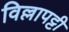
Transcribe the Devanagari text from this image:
विल्लापट्टी